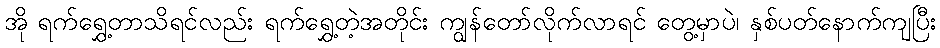
အို ရက်ရွှေ့တာသိရင်လည်း ရက်ရွှေ့တဲ့အတိုင်း ကျွန်တော်လိုက်လာရင် တွေ့မှာပဲ၊ နှစ်ပတ်နောက်ကျပြီး